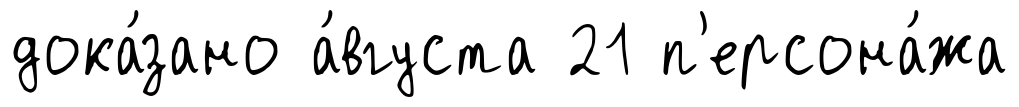
дока́зано а́вгуста 21 п'ерсона́жа